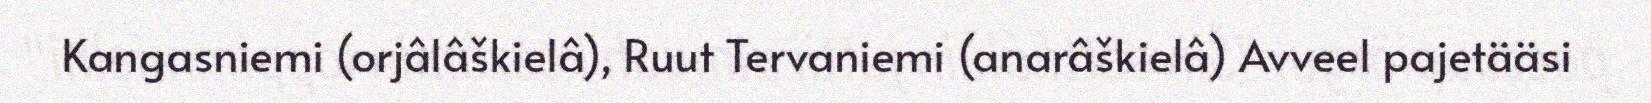
Kangasniemi (orjâlâškielâ), Ruut Tervaniemi (anarâškielâ) Avveel pajetääsi